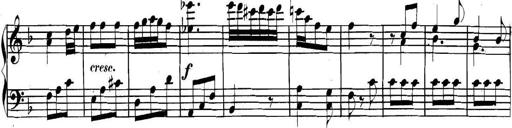
Title: Collected Piano Sonatas
Composer: Muzio Clementi